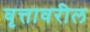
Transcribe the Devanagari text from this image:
वृत्तावरील